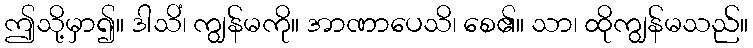
ဤသို့မှာ၍။ ဒါသိံ၊ ကျွန်မကို။ အာဏာပေသိ၊ စေ၏။ သာ၊ ထိုကျွန်မသည်။